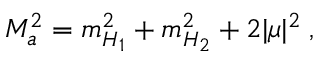
M _ { a } ^ { 2 } = m _ { H _ { 1 } } ^ { 2 } + m _ { H _ { 2 } } ^ { 2 } + 2 \vert \mu \vert ^ { 2 } \; ,